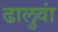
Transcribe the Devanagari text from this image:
ढालुवां